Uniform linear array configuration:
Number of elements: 4
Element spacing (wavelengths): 0.5
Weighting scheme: exponential
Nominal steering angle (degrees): -60
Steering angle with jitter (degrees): -61.183
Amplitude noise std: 0.05
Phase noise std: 0.05

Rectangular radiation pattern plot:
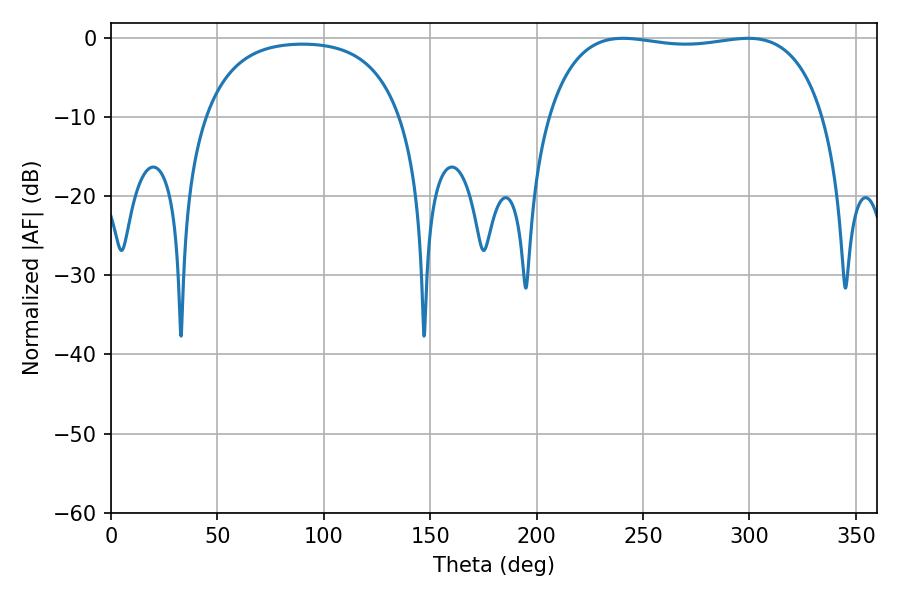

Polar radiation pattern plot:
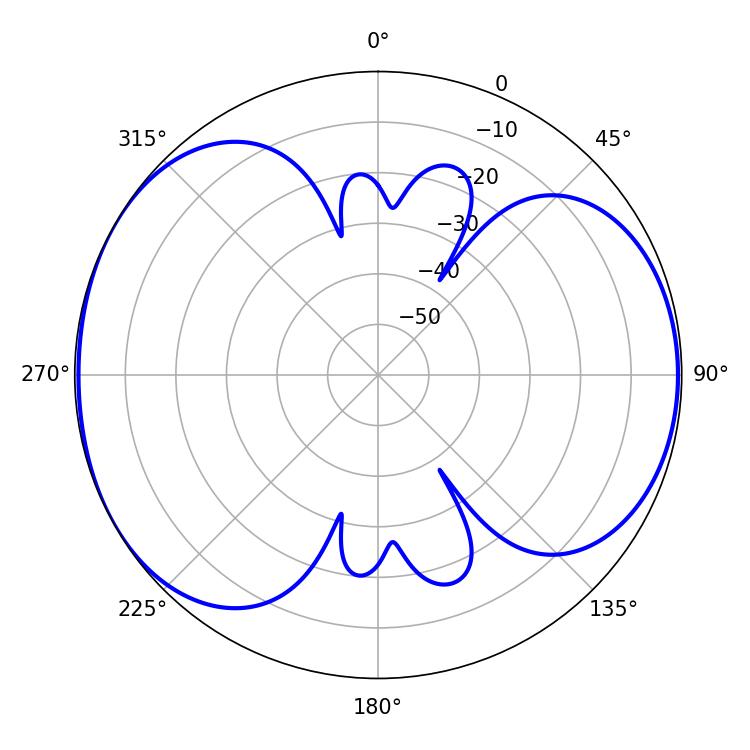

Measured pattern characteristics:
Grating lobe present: FALSE
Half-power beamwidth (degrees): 104.04
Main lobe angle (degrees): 240.48